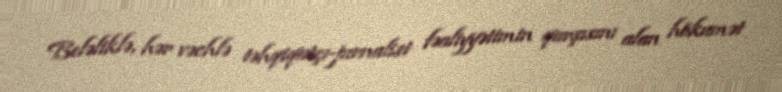
Beləliklə, hər vəchlə təhqiqatçı-jurnalist fəaliyyətimin qarşısını alan hökumət